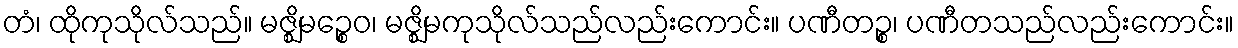
တံ၊ ထိုကုသိုလ်သည်။ မဇ္ဈိမဉ္စေဝ၊ မဇ္ဈိမကုသိုလ်သည်လည်းကောင်း။ ပဏီတဉ္စ၊ ပဏီတသည်လည်းကောင်း။